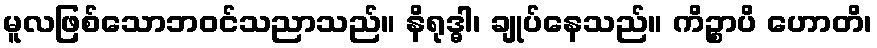
မူလဖြစ်သောဘဝင်သညာသည်။ နိရုဒ္ဓါ၊ ချုပ်နေသည်။ ကိဉ္စာပိ ဟောတိ၊